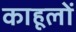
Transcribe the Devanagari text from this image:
काहूलों